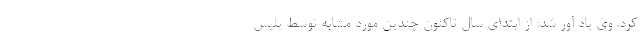
کرد. وی یاد آور شد: از ابتدای سال تاکنون چندین مورد مشابه توسط پلیس